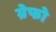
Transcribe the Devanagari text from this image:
ग्रेफो